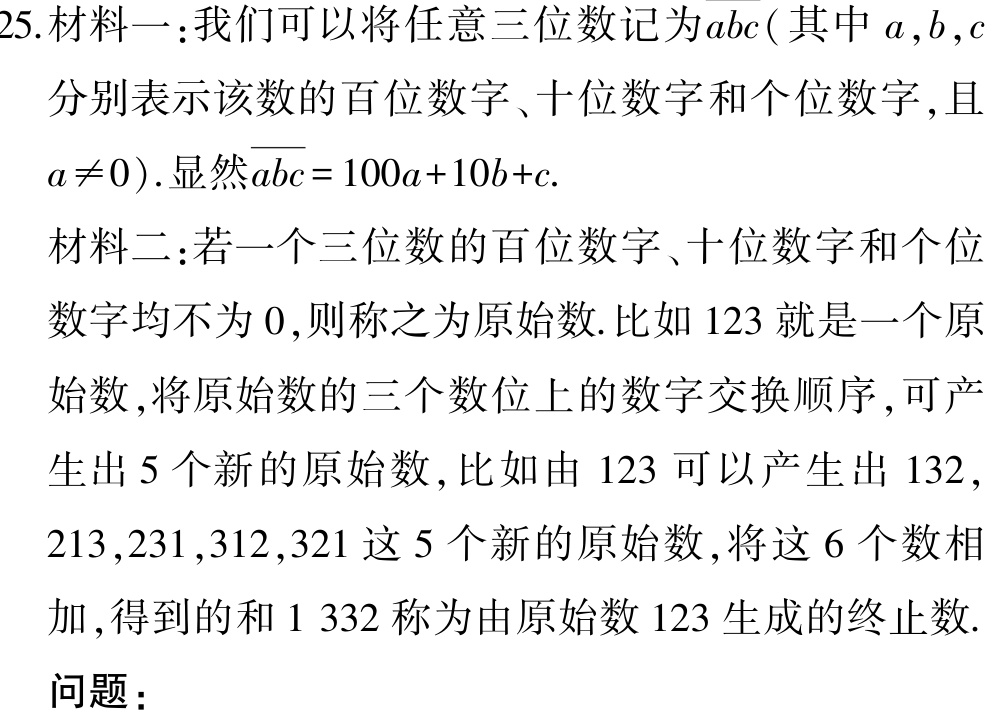
25.材料一：我们可以将任意三位数记为\(\overline{abc}\)( 其中\(a,b,c\)

分别表示该数的百位数字、十位数字和个位数字,且

\(a\neq0\)).显然\(\overline{abc}=100a + 10b + c\).

材料二：若一个三位数的百位数字、十位数字和个位

数字均不为\(0\),则称之为原始数.比如\(123\)就是一个原

始数,将原始数的三个数位上的数字交换顺序,可产

生出\(5\)个新的原始数,比如由\(123\)可以产生出\(132\),

\(213,231,312,321\)这\(5\)个新的原始数,将这\(6\)个数相

加,得到的和\(1\ 332\)称为由原始数\(123\)生成的终止数.

问题：